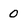
Character: O